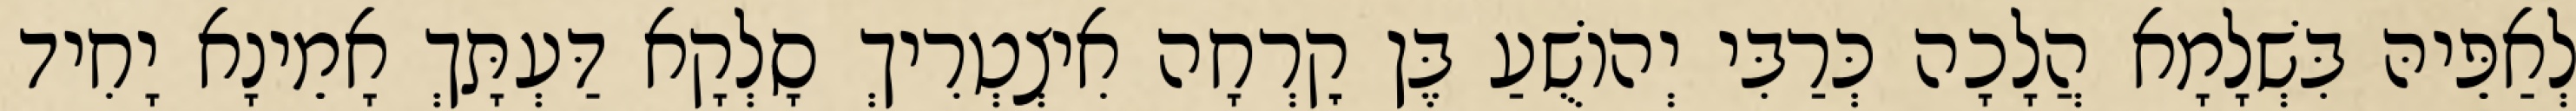
לְאַפֵּיהּ בִּשְׁלָמָא הֲלָכָה כְּרַבִּי יְהוֹשֻׁעַ בֶּן קׇרְחָה אִיצְטְרִיךְ סָלְקָא דַּעְתָּךְ אָמֵינָא יָחִיד